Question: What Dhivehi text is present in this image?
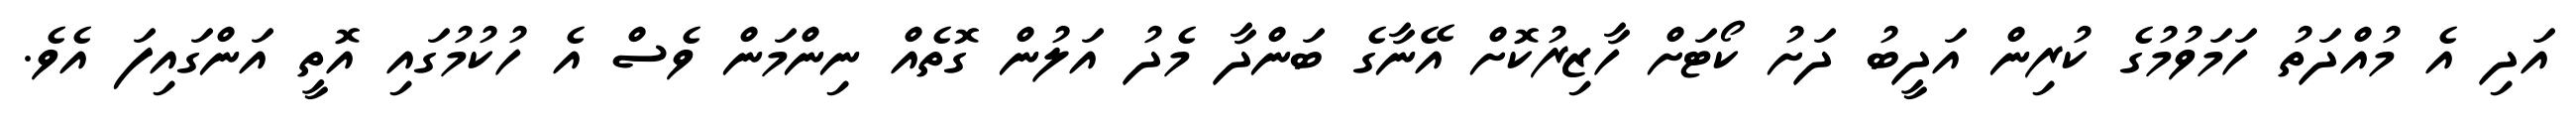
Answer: އަދި އެ މުއްދަތު ހަމަވުމުގެ ކުރިން އަދީބު ދަށު ކޯޓަށް ހާޒިރުކޮށް އޭނާގެ ބަންދާ މެދު އަލުން ގޮތެއް ނިންމަން ވެސް އެ ހުކުމުގައި އޮތީ އަންގައިފަ އެވެ.